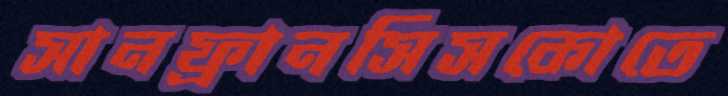
সানফ্রানসিসকোতে